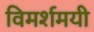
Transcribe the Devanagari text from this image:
विमर्शमयी